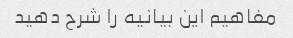
مفاهیم این بیانیه را شرح دهید